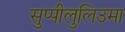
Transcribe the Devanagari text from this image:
सुप्पीलुलिउमा